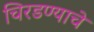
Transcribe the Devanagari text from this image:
चिरडण्‍याचे